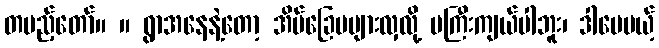
တပည့်တော်။ ။ ရွာအနေနဲ့တော့ အိမ်ခြေမများလှလို့ မကြီးကျယ်ပါဘူး၊ ဒါပေမယ့်